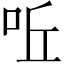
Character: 𠰋